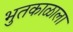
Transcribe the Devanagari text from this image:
भुतकाळाला